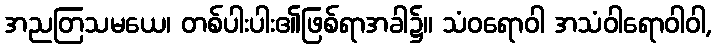
အညတြသမယေ၊ တစ်ပါးပါး၏ဖြစ်ရာအခါ၌။ သံဝရောဝါ အသံဝါရောဝါဝါ,